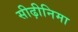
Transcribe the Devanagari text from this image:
सीढ़ीनिमा